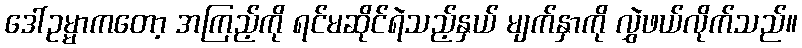
ဒေါ်ဥမ္မာကတော့ အကြည့်ကို ရင်မဆိုင်ရဲသည့်နှယ် မျက်နှာကို လွှဲဖယ်လိုက်သည်။